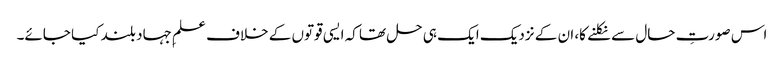
اس صورتِ حال سے نکلنے کا، ان کے نزدیک ایک ہی حل تھا کہ ایسی قوتوں کے خلاف علمِ جہاد بلند کیا جائے۔